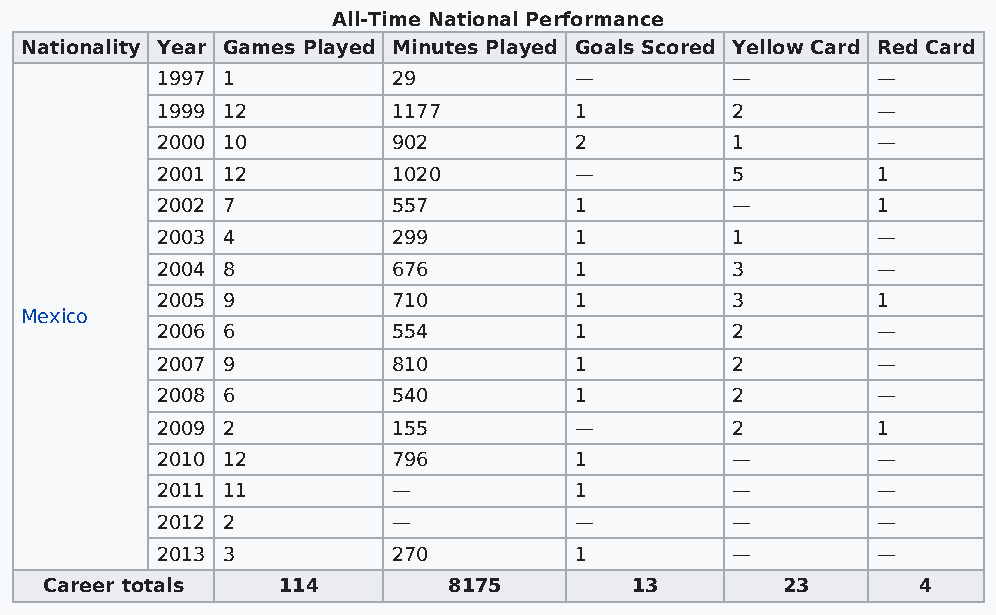
All-Time National Performance
 Nationality Year Games Played Minutes Played Goals Scored Yellow Card Red Card
 1997 1          29          —         —         —
 1999 12         1177        1         2         —
 2000 10         902         2         1         —
 2001 12         1020        —         5         1
 2002 7          557         1         —         1
 2003 4          299         1         1         —
 2004 8          676         1         3         —
 2005 9          710         1         3         1
 Mexico
 2006 6          554         1         2         —
 2007 9          810         1         2         —
 2008 6          540         1         2         —
 2009 2          155         —         2         1
 2010 12         796         1         —         —
 2011 11         —           1         —         —
 2012 2          —           —         —         —
 2013 3          270         1         —         —
 Career totals  114         8175        13        23       4